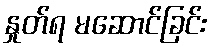
နှုတ်ရ မဆောင်ခြင်း